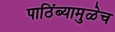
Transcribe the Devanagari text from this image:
पाठिंब्यामुळेच